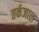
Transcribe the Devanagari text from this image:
तर्कजाल